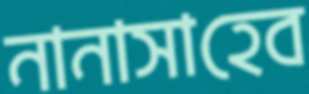
নানাসাহেব